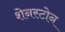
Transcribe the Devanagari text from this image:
शेनस्टोन